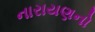
નારાયણનો